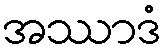
အဿာဒံ